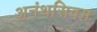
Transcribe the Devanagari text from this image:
अनंथसिवम